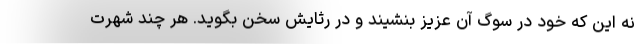
نه این که خود در سوگ آن عزیز بنشیند و در رثایش سخن بگوید. هر چند شهرت